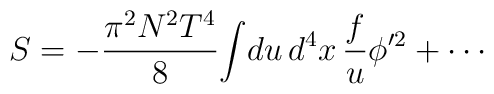
S = - {\pi^2 N^2  T^4\over 8 }\! \int\!du\, d^4 x\, {f\over u}     \phi^{\prime 2} +\cdots